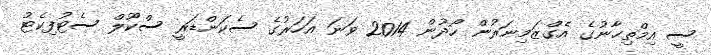
ސީ އިމްތިޙާނުގެ އެގްޒަމިނަރުން ހޯދުން 2014 ވަނަ އަހަރުގެ ސެކަންޑަރީ ސްކޫލް ސެޓުފިކެޓު